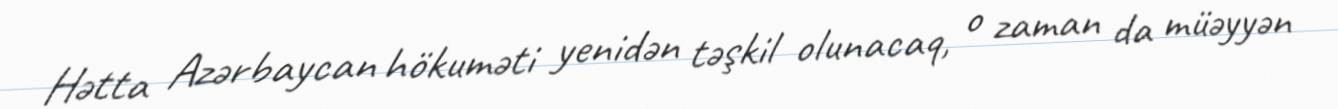
Hətta Azərbaycan hökuməti yenidən təşkil olunacaq, o zaman da müəyyən